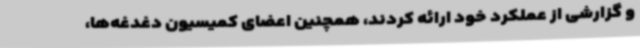
و گزارشی از عملکرد خود ارائه کردند، همچنین اعضای کمیسیون دغدغه‌ها،